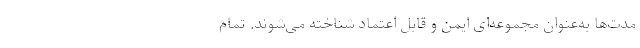
مدت‌ها به‌عنوان مجموعه‌ای ایمن و قابل اعتماد شناخته می‌شوند. تمام